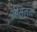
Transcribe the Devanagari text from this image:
नेमिल्या